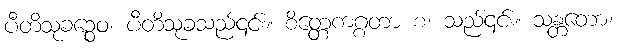
ပီတိသုခဉ္စေဝ၊ ပီတိသုခသည်၎င်း။ စိတ္တေကဂ္ဂတာ စ၊ သည်၎င်း။ သန္တတော၊